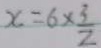
x = 6 \times \frac { 3 } { 2 }